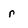
Character: r